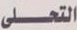
التحلى